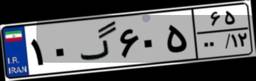
۱۰گ۶۰۵۶۵